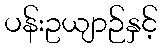
ပန်းဥယျာဉ်နှင့်